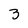
Character: 3